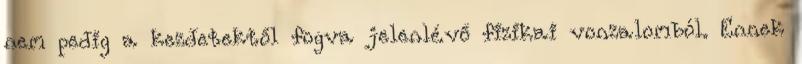
nem pedig a kezdetektől fogva jelenlévő fizikai vonzalomból. Ennek